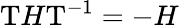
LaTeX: {\mathrm{T}}H{\mathrm{T}}^{-1}=-H